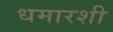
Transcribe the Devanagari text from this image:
धमारशी